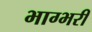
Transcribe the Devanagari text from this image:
भाग्भरी